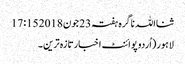
ثنااللہ ناگرہ ہفتہ 23 جون 2018 17:15
لاہور(اُردوپوائنٹ اخبارتازہ ترین۔